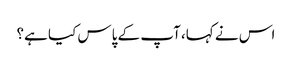
اس نے کہا، آپ کے پاس کیا ہے؟